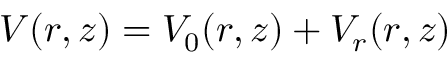
V ( r , z ) = V _ { 0 } ( r , z ) + V _ { r } ( r , z )